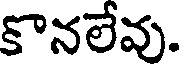
కొనలేవు.